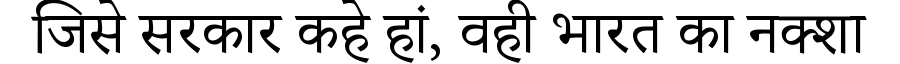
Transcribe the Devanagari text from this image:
जिसे सरकार कहे हां, वही भारत का नक्शा